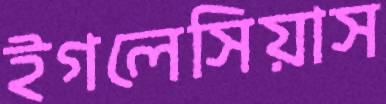
ইগলেসিয়াস